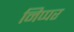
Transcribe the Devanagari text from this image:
निप्पर